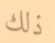
ذلك